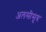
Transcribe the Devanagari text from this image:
अलसीसूत्र